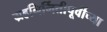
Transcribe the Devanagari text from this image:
ग्रहनिर्मितीपूर्वीच्या